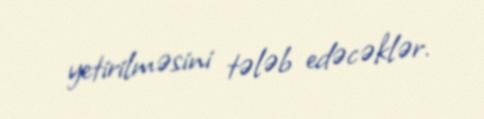
yetirilməsini tələb edəcəklər.